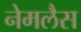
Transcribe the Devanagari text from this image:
नेमलैस